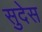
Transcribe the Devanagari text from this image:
सुदेस